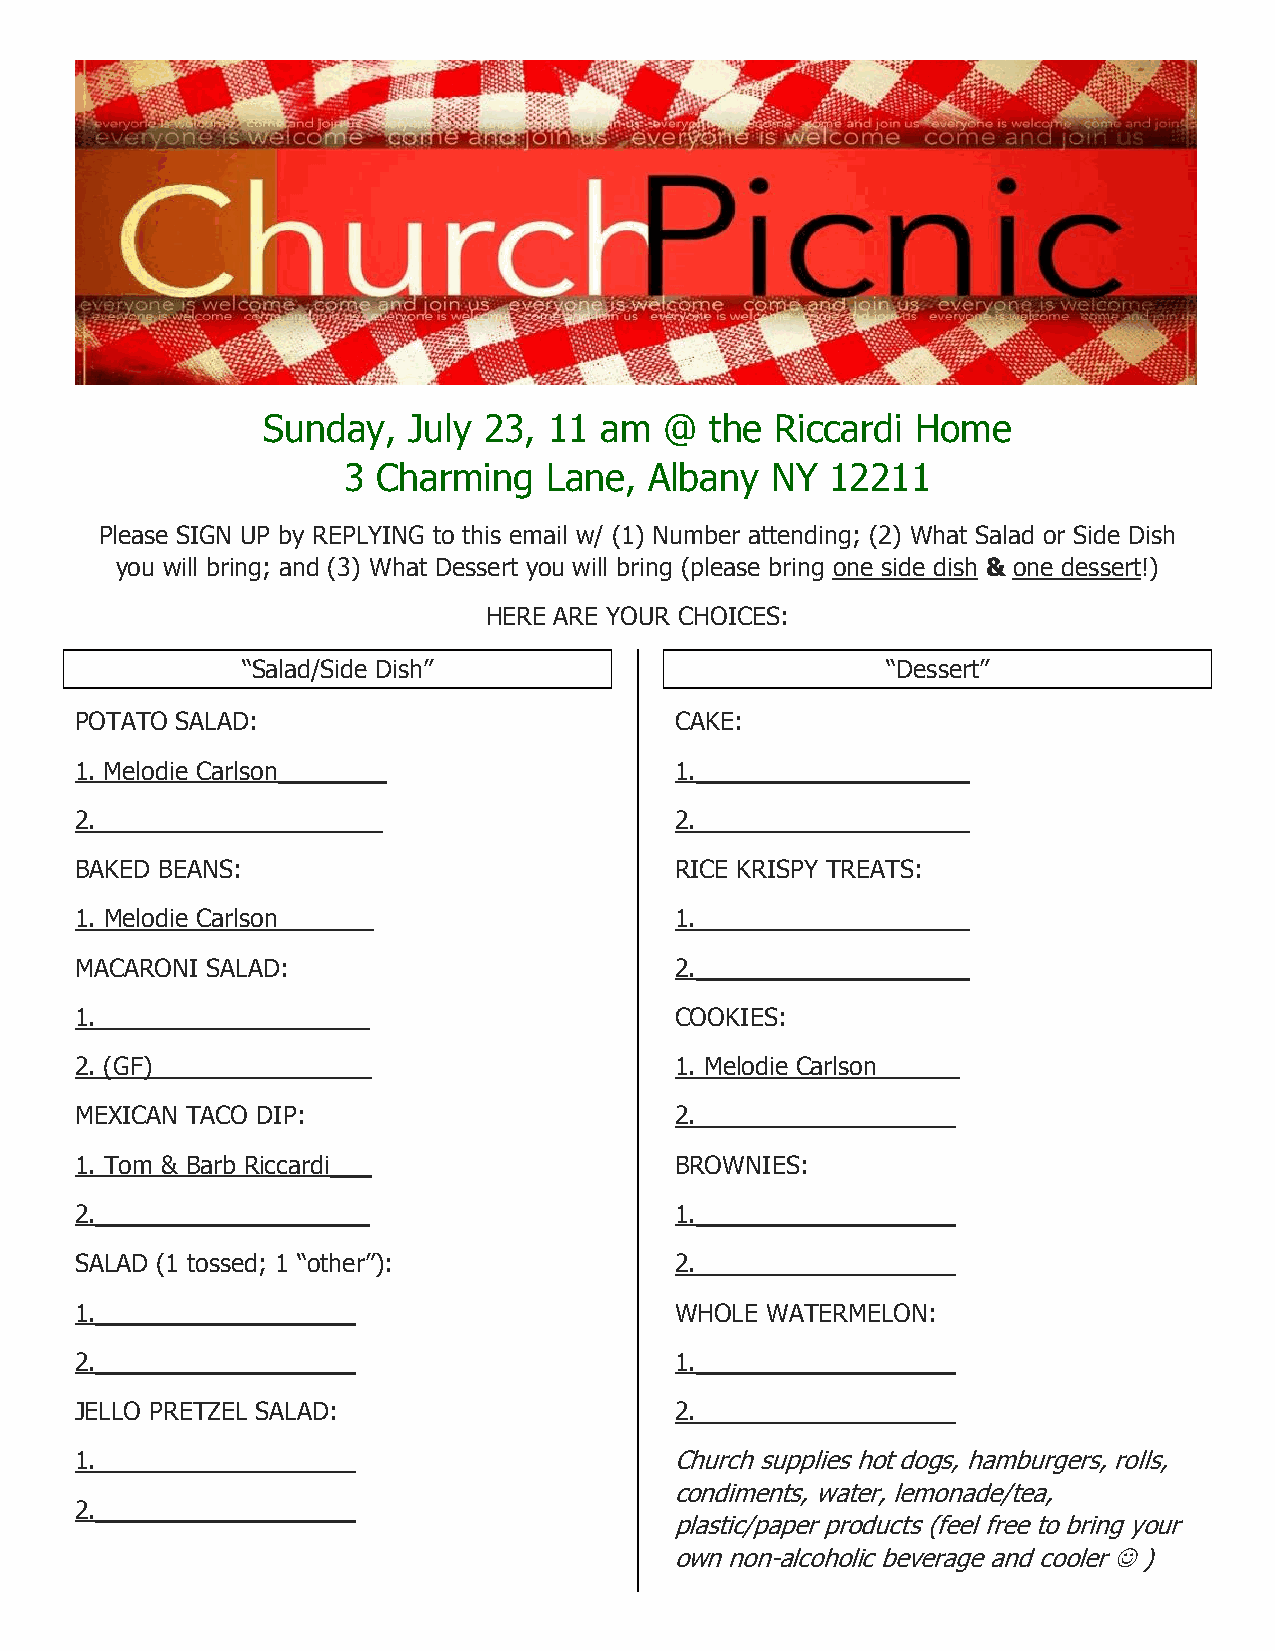
Sunday,   July 23, 11  am  @  the Riccardi  Home
 3 Charming   Lane,  Albany  NY  12211
 Please SIGN UP by REPLYING to this email w/ (1) Number attending; (2) What Salad or Side Dish
 you will bring; and (3) What Dessert you will bring (please bring one side dish & one dessert!)
 HERE ARE YOUR CHOICES:
 “Salad/Side Dish”                          “Dessert”
 POTATO SALAD:                           CAKE:
 1. Melodie Carlson________              1.____________________
 2._____________________                 2.____________________
 BAKED BEANS:                            RICE KRISPY TREATS:
 1. Melodie Carlson_______               1.____________________
 MACARONI SALAD:                         2.____________________
 1.____________________                  COOKIES:
 2. (GF)________________                 1. Melodie Carlson______
 MEXICAN TACO DIP:                       2.___________________
 1. Tom & Barb Riccardi___               BROWNIES:
 2.____________________                  1.___________________
 SALAD (1 tossed; 1 “other”):            2.___________________
 1.___________________                   WHOLE WATERMELON:
 2.___________________                   1.___________________
 JELLO PRETZEL SALAD:                    2.___________________
 1.___________________                   Church supplies hot dogs, hamburgers, rolls,
 condiments, water, lemonade/tea,
 2.___________________
 plastic/paper products (feel free to bring your
 own non-alcoholic beverage and cooler ☺ )